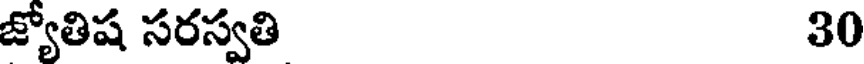
జ్యోతిష సరస్వతి 30